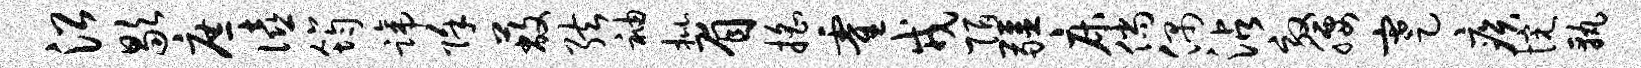
沿歇庶僖筠蹄除蔽弦袖批眉摇霍戎陌疆床倘偶沾效腰蹇疾惋孰